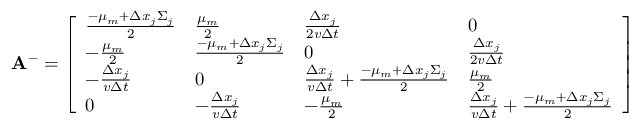
\mathbf { A } ^ { - } = \left[ \begin{array} { l l l l } { \frac { - \mu _ { m } + \Delta x _ { j } \Sigma _ { j } } { 2 } } & { \frac { \mu _ { m } } { 2 } } & { \frac { \Delta x _ { j } } { 2 v \Delta t } } & { 0 } \\ { - \frac { \mu _ { m } } { 2 } } & { \frac { - \mu _ { m } + \Delta x _ { j } \Sigma _ { j } } { 2 } } & { 0 } & { \frac { \Delta x _ { j } } { 2 v \Delta t } } \\ { - \frac { \Delta x _ { j } } { v \Delta t } } & { 0 } & { \frac { \Delta x _ { j } } { v \Delta t } + \frac { - \mu _ { m } + \Delta x _ { j } \Sigma _ { j } } { 2 } } & { \frac { \mu _ { m } } { 2 } } \\ { 0 } & { - \frac { \Delta x _ { j } } { v \Delta t } } & { - \frac { \mu _ { m } } { 2 } } & { \frac { \Delta x _ { j } } { v \Delta t } + \frac { - \mu _ { m } + \Delta x _ { j } \Sigma _ { j } } { 2 } } \end{array} \right]